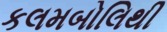
કલમબોલિથી